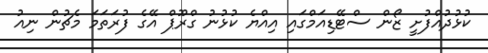
ކުޅުދުއްފުށީ ޒޯން ސްޓޭޑިއަމްގައި އިއްޔެ ކުޅުނު ގްރޫޕް އޭގެ ފުރަަތަމަ މެޗުން ނިއު